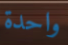
واحدة